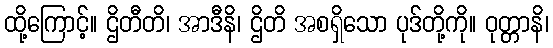
ထို့ကြောင့်။ ဌိတီတိ၊ အာဒီနိ၊ ဌိတိ အစရှိသော ပုဒ်တို့ကို။ ဝုတ္တာနိ၊